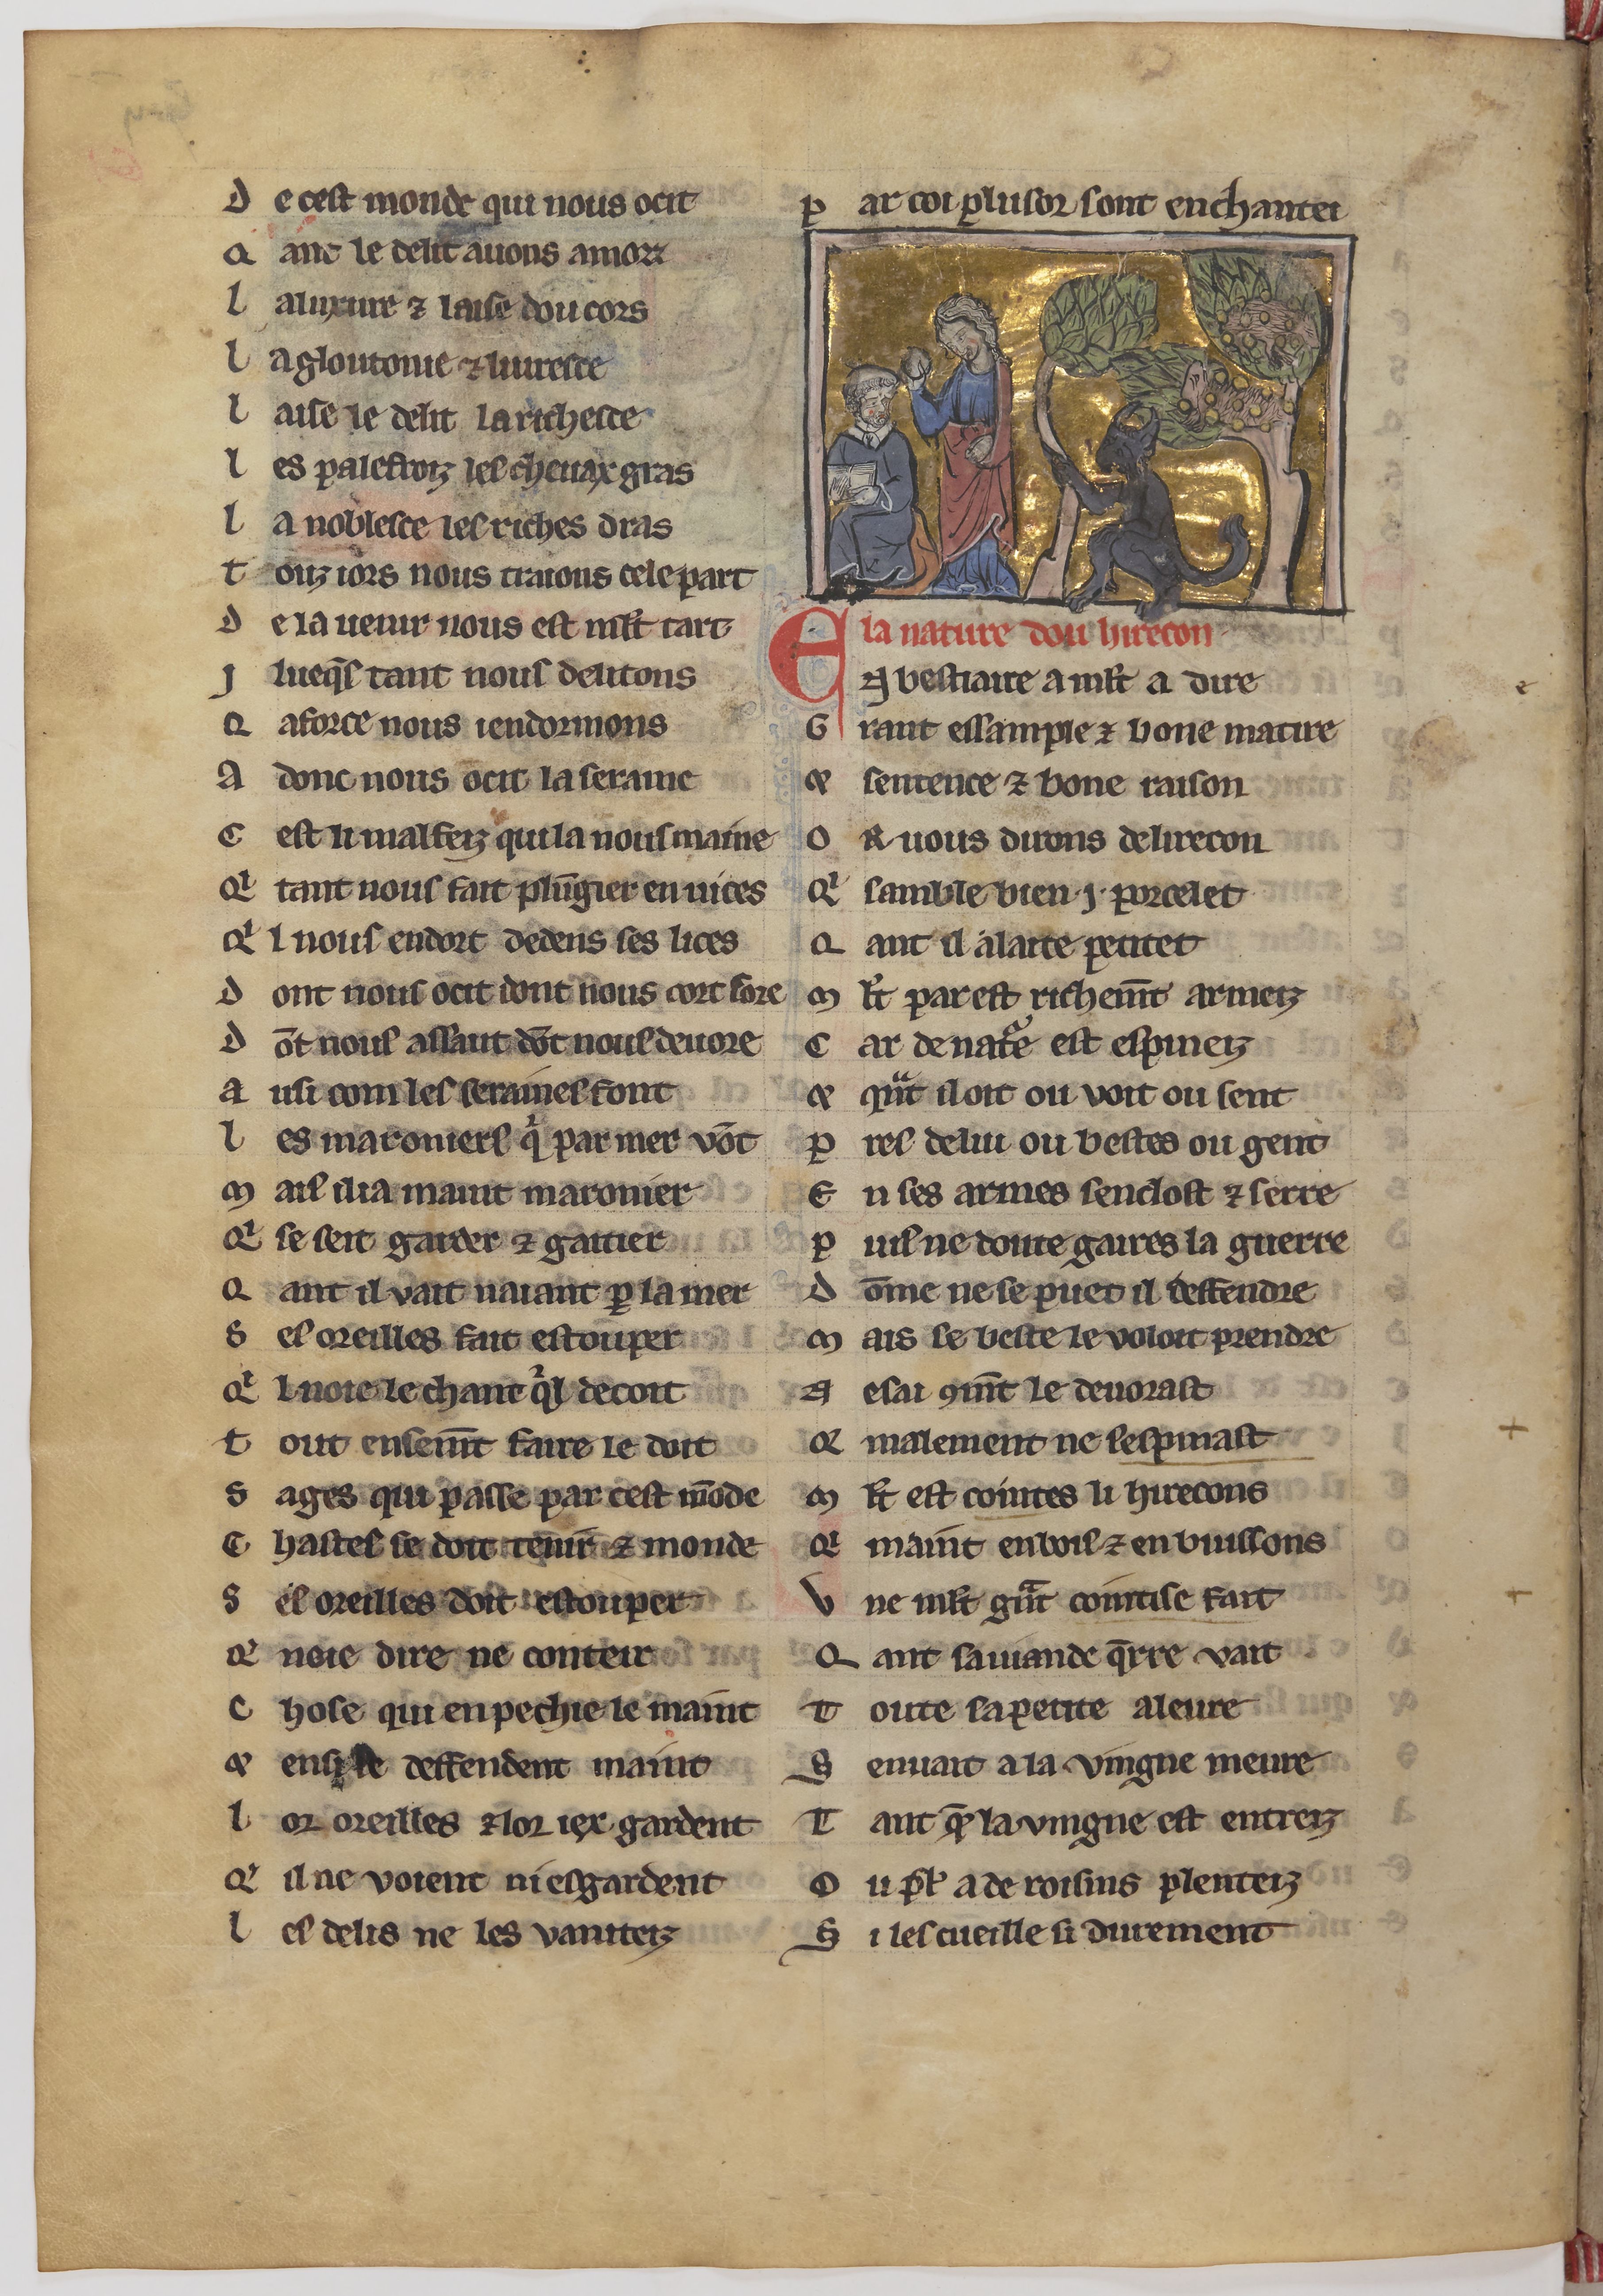
Shelfmark: Paris, BnF, fr. 24428
Century: 13